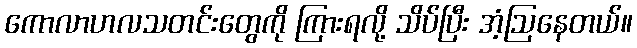
ကောလာဟလသတင်းတွေကို ကြားရလို့ သိပ်ပြီး အံ့ဩနေတယ်။